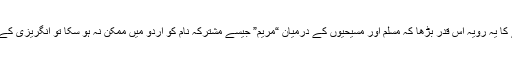
شناختی امتیازات قائم رکھنے کا یہ رویہ اس قدر بڑھا کہ مسلم اور مسیحیوں کے درمیان “مریم” جیسے مشترکہ نام کو اُردو میں ممکن نہ ہو سکا تو انگریزی کے ہجوں میں مختلف کر دیا گیا۔